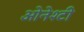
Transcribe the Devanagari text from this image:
ओनेश्टी